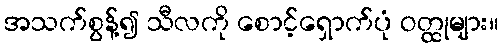
အသက်စွန့်၍ သီလကို စောင့်ရှောက်ပုံ ဝတ္ထုများ။